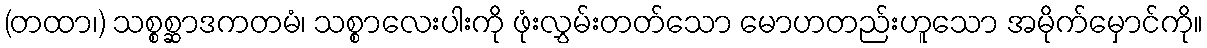
(တထာ၊) သစ္စစ္ဆာဒကတမံ၊ သစ္စာလေးပါးကို ဖုံးလွှမ်းတတ်သော မောဟတည်းဟူသော အမိုက်မှောင်ကို။